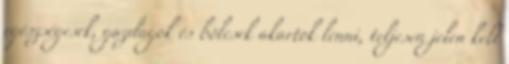
egészségesek, gazdagok és bölcsek akartok lenni, teljesen jelen kell